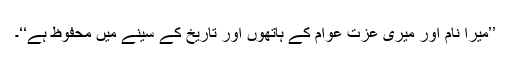
’’میرا نام اور میری عزت عوام کے ہاتھوں اور تاریخ کے سینے میں محفوظ ہے‘‘۔